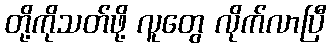
တို့ကိုသတ်ဖို့ လူတွေ လိုက်လာပြီ